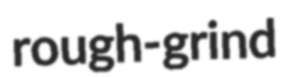
rough-grind